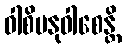
ဝါစိမနုဝါစေန္တိ